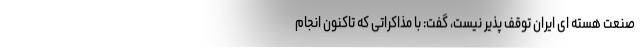
صنعت هسته ای ایران توقف پذیر نیست، گفت: با مذاکراتی که تاکنون انجام